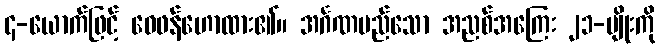
၄-ယောက်ဖြင့် ဝေဖန်ဟောထား၏။ အင်္ဂဏမည်သော အညစ်အကြေး ၂၁-မျိုးကို